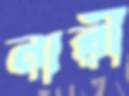
নারী